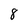
Character: 8